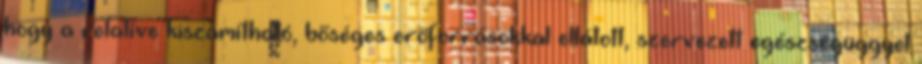
hogy a relatíve kiszámítható, bőséges erőforrásokkal ellátott, szervezett egészségüggyel